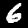
Digit: 6